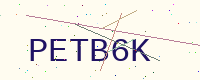
Text: PETB6K